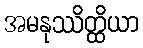
အမနုဿိတ္ထိယာ